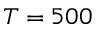
T = 5 0 0